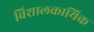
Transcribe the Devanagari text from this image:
विशालकायिक